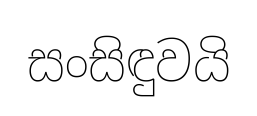
සංසිඳුවයි